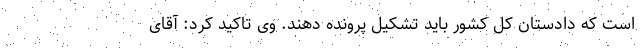
است که دادستان کل کشور باید تشکیل پرونده دهند. وی تاکید کرد: آقای